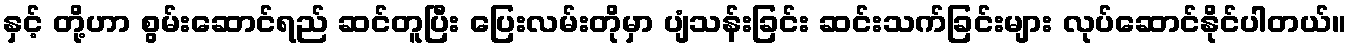
နှင့် တို့ဟာ စွမ်းဆောင်ရည် ဆင်တူပြီး ပြေးလမ်းတိုမှာ ပျံသန်းခြင်း ဆင်းသက်ခြင်းများ လုပ်ဆောင်နိုင်ပါတယ်။